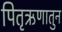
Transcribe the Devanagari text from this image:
पितृऋणातुन